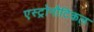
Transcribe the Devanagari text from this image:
एस्ट्रोनौटिकल